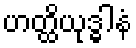
ဟတ္ထိယုဒ္ဓါနံ